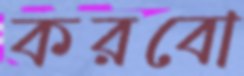
করবো